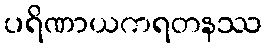
ပရိဏာယကရတနဿ